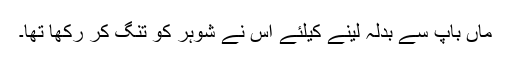
ماں باپ سے بدلہ لینے کیلئے اس نے شوہر کو تنگ کر رکھا تھا۔